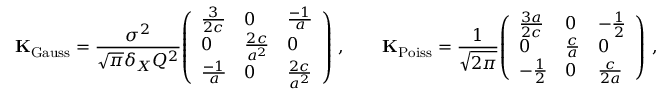
\mathbf { K } _ { \mathrm { G a u s s } } = { \frac { \sigma ^ { 2 } } { { \sqrt { \pi } } \delta _ { X } Q ^ { 2 } } } { \left( \begin{array} { l l l } { { \frac { 3 } { 2 c } } } & { 0 } & { { \frac { - 1 } { a } } } \\ { 0 } & { { \frac { 2 c } { a ^ { 2 } } } } & { 0 } \\ { { \frac { - 1 } { a } } } & { 0 } & { { \frac { 2 c } { a ^ { 2 } } } } \end{array} \right) } \ , \qquad \mathbf { K } _ { \mathrm { P o i s s } } = { \frac { 1 } { \sqrt { 2 \pi } } } { \left( \begin{array} { l l l } { { \frac { 3 a } { 2 c } } } & { 0 } & { - { \frac { 1 } { 2 } } } \\ { 0 } & { { \frac { c } { a } } } & { 0 } \\ { - { \frac { 1 } { 2 } } } & { 0 } & { { \frac { c } { 2 a } } } \end{array} \right) } \ ,